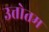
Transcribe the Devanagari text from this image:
उत्तोतम